Indian journal of veterinary science and animal husbandry - Volumes 15-17, 1948-1951
Year: 1948
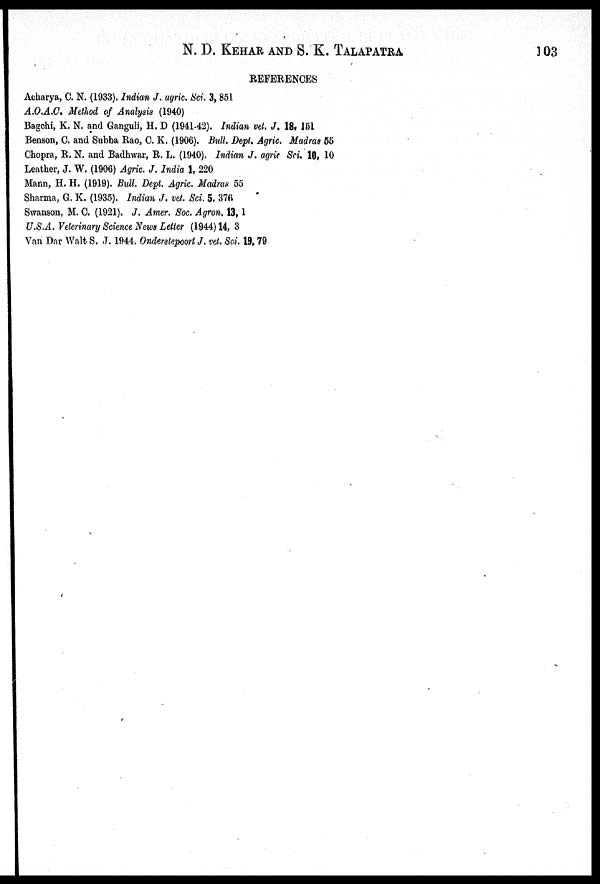
N. D. KEHAR AND S. K. TALAPATRA 103
REFERENCES
Acharya, C. N. (1933). Indian J. agric. Sci. 3, 851
A.O.A.C. Method of Analysis (1940)
Bagchi, K. N. and Ganguli, H. D (1941-42). Indian vet. J. 18, 151
Benson, C. and Subba Rao, C. K. (1906). Bull. Dept. Agric. Madras 55
Chopra, R. N. and Badhwar, R. L. (1940). Indian J. agric Sci. 10, 10
Leather, J. W. (1906) Agric. J. India 1, 220
Mann, H. H. (1919). Bull. Dept. Agric. Madras 55
Sharma, G. K. (1935). Indian J. vet. Sci. 5. 376
Swanson, M. C. (1921). J. Amer. Soc. Agron. 13, 1
U.S.A. Veterinary Science News Letter (1944) 14, 3
Van Dar Walt S. J. 1944. Onderstepoort J. vet. Sci. 19, 79